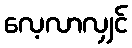
လေ့လာလျှင်